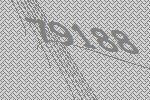
79188